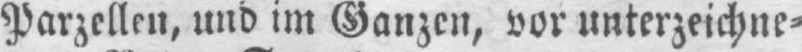
Parzellen, und im Ganzen, vor unterzeichne⸗